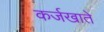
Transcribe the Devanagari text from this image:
कर्जखाते